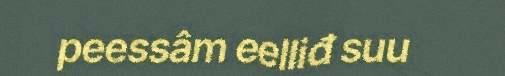
peessâm eelliđ suu